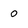
Character: o